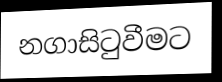
නගාසිටුවීමට